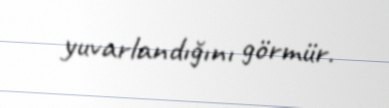
yuvarlandığını görmür.